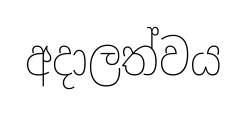
අදාලත්වය